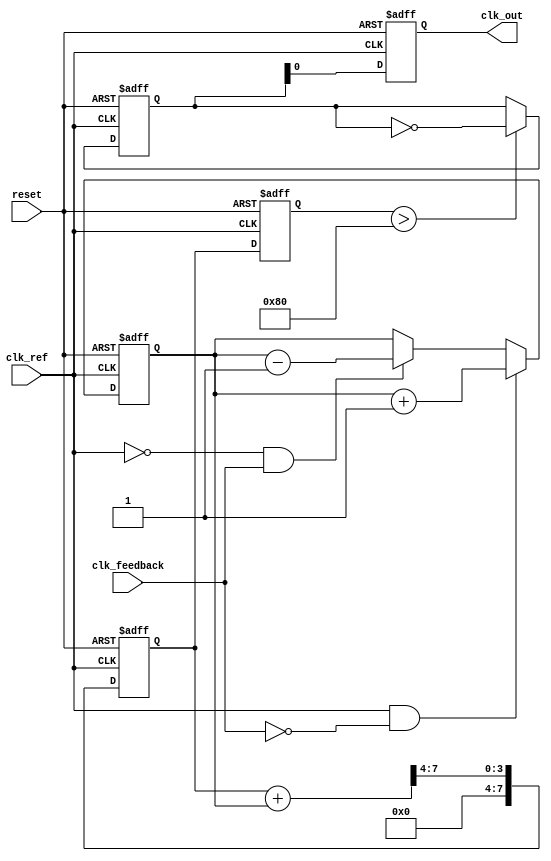
module dpll (
    input wire clk_ref,         // Reference clock
    input wire clk_feedback,    // Feedback clock from VCO
    input wire reset,           // Reset signal
    output reg clk_out          // Output clock
);

// Parameters
parameter PHASE_WIDTH = 8;    // Width of phase information
parameter MEMORY_SIZE = 16;    // Size of memory block for phase info
parameter FILTER_COEFF = 4;    // Loop filter coefficient

// Internal signals
reg [PHASE_WIDTH-1:0] phase_error; // Phase error signal
reg [PHASE_WIDTH-1:0] phase_memory [0:MEMORY_SIZE-1]; // Memory block for phase info
reg [PHASE_WIDTH-1:0] filter_output; // Output of the loop filter
reg [PHASE_WIDTH-1:0] vco_control; // Control signal for VCO
reg [PHASE_WIDTH-1:0] vco_output; // Output of the VCO
integer i;

// Phase Detector
always @(posedge clk_ref or posedge reset) begin
    if (reset) begin
        phase_error <= 0;
    end else begin
        // Simple phase detector logic (1-bit phase comparison)
        if (clk_ref && !clk_feedback) begin
            phase_error <= phase_error + 1; // Output leading
        end else if (!clk_ref && clk_feedback) begin
            phase_error <= phase_error - 1; // Output lagging
        end
    end
end

// Loop Filter
always @(posedge clk_ref or posedge reset) begin
    if (reset) begin
        filter_output <= 0;
    end else begin
        // Simple low-pass filter
        filter_output <= (filter_output + phase_error) >> FILTER_COEFF;
    end
end

// Voltage-Controlled Oscillator (VCO)
always @(posedge clk_ref or posedge reset) begin
    if (reset) begin
        vco_control <= 0;
        vco_output <= 0;
    end else begin
        // Update VCO control based on filter output
        vco_control <= filter_output;
        // Generate output clock based on control voltage
        // Simple VCO model: output frequency is proportional to control voltage
        if (vco_control > 128) begin
            vco_output <= ~vco_output; // Toggle output for simplicity
        end
    end
end

// Memory Block
always @(posedge clk_ref or posedge reset) begin
    if (reset) begin
        for (i = 0; i < MEMORY_SIZE; i = i + 1) begin
            phase_memory[i] <= 0; // Initialize memory
        end
    end else begin
        // Store phase error in memory (simple circular buffer)
        phase_memory[0] <= phase_error;
        for (i = 1; i < MEMORY_SIZE; i = i + 1) begin
            phase_memory[i] <= phase_memory[i-1]; // Shift memory
        end
    end
end

// Output Clock Generation
always @(posedge clk_ref or posedge reset) begin
    if (reset) begin
        clk_out <= 0;
    end else begin
        clk_out <= vco_output; // Output clock from VCO
    end
end

endmodule